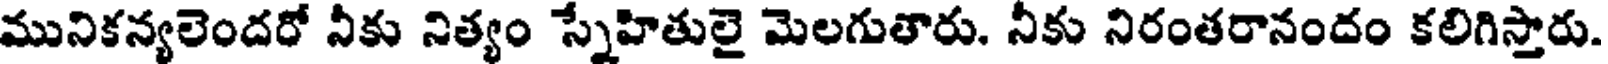
మునికన్యలెందరో నీకు నిత్యం స్నేహితులై మెలగుతారు. నీకు నిరంతరానందం కలిగిస్తారు.